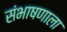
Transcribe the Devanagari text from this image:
संभाषणाला